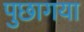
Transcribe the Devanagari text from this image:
पुछागया